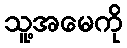
သူ့အမေကို